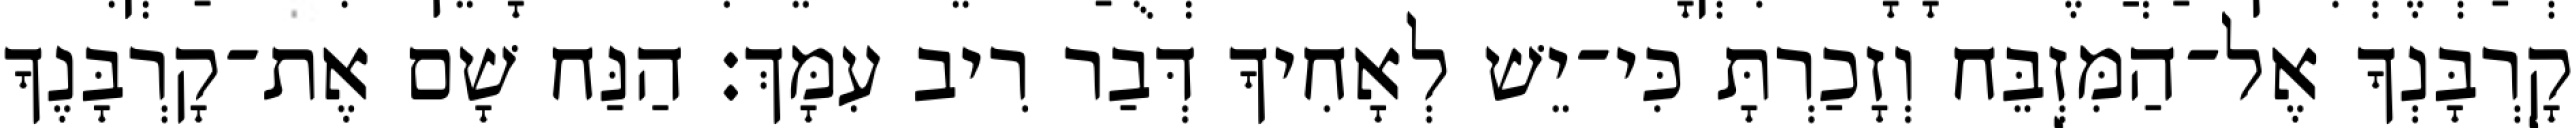
קָרְבָּנְךָ אֶל־הַמִּזְבֵּח וְזָכַרְתָּ כִּי־יֵשׁ לְאָחִיךָ דְּבַר רִיב עִמָּךְ׃ הַנַּח שָׁם אֶת־קָרְבָּנֶךָ